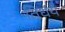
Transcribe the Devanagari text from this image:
तिधंय